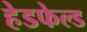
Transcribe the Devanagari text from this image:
हेडफेल्ड